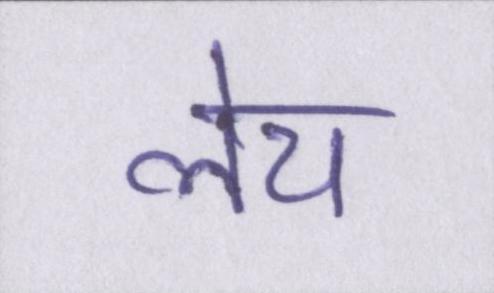
लेय